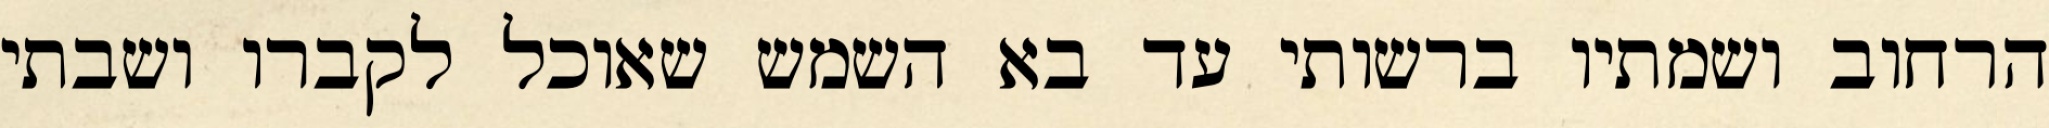
הרחוב ושמתיו ברשותי עד בא השמש שאוכל לקברו ושבתי